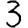
Digit: 3